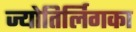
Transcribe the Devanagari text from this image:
ज्योतिर्लिगका